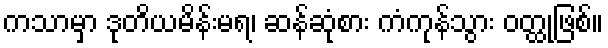
ကသာမှာ ဒုတိယမိန်းမရ၊ ဆန်ဆုံစား ကံကုန်သွား ဝတ္ထုဖြစ်။